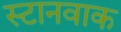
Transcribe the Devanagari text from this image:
स्टानवाक